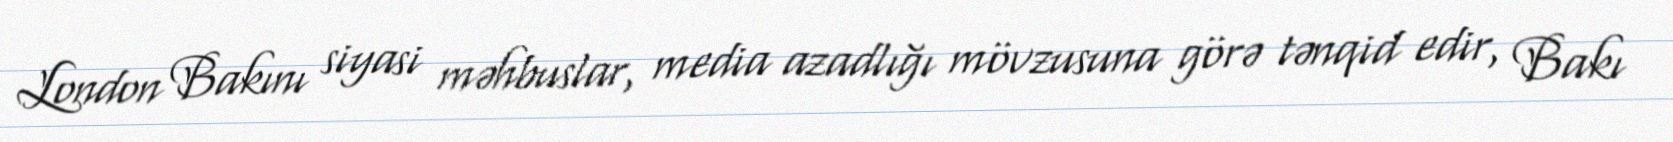
London Bakını siyasi məhbuslar, media azadlığı mövzusuna görə tənqid edir, Bakı